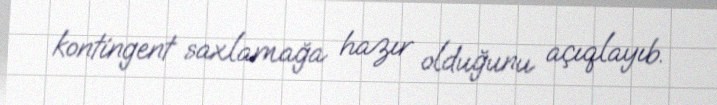
kontingent saxlamağa hazır olduğunu açıqlayıb.